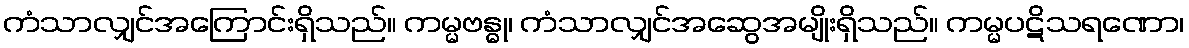
ကံသာလျှင်အကြောင်းရှိသည်။ ကမ္မဗန္ဓု၊ ကံသာလျှင်အဆွေအမျိုးရှိသည်။ ကမ္မပဋိသရဏော၊